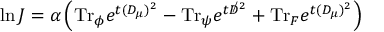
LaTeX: \ln J = \alpha \left( \mathrm { T r } _ { \phi } e ^ { t ( D _ { \mu } ) ^ { 2 } } - \mathrm { T r } _ { \psi } e ^ { t { \not D } ^ { 2 } } + \mathrm { T r } _ { F } e ^ { t ( D _ { \mu } ) ^ { 2 } } \right)